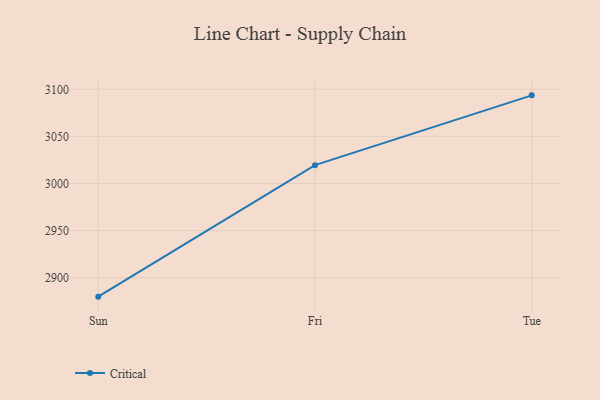
{"axis": {"x": "Day", "y": "Budget (USD K)"}, "legend": ["Critical"], "data": [{"x": "Sun", "y": 2879.9, "type": "Critical"}, {"x": "Fri", "y": 3019.5, "type": "Critical"}, {"x": "Tue", "y": 3093.6, "type": "Critical"}]}